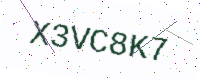
Text: X3VC8K7